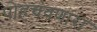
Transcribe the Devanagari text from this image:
पोहचवणारा